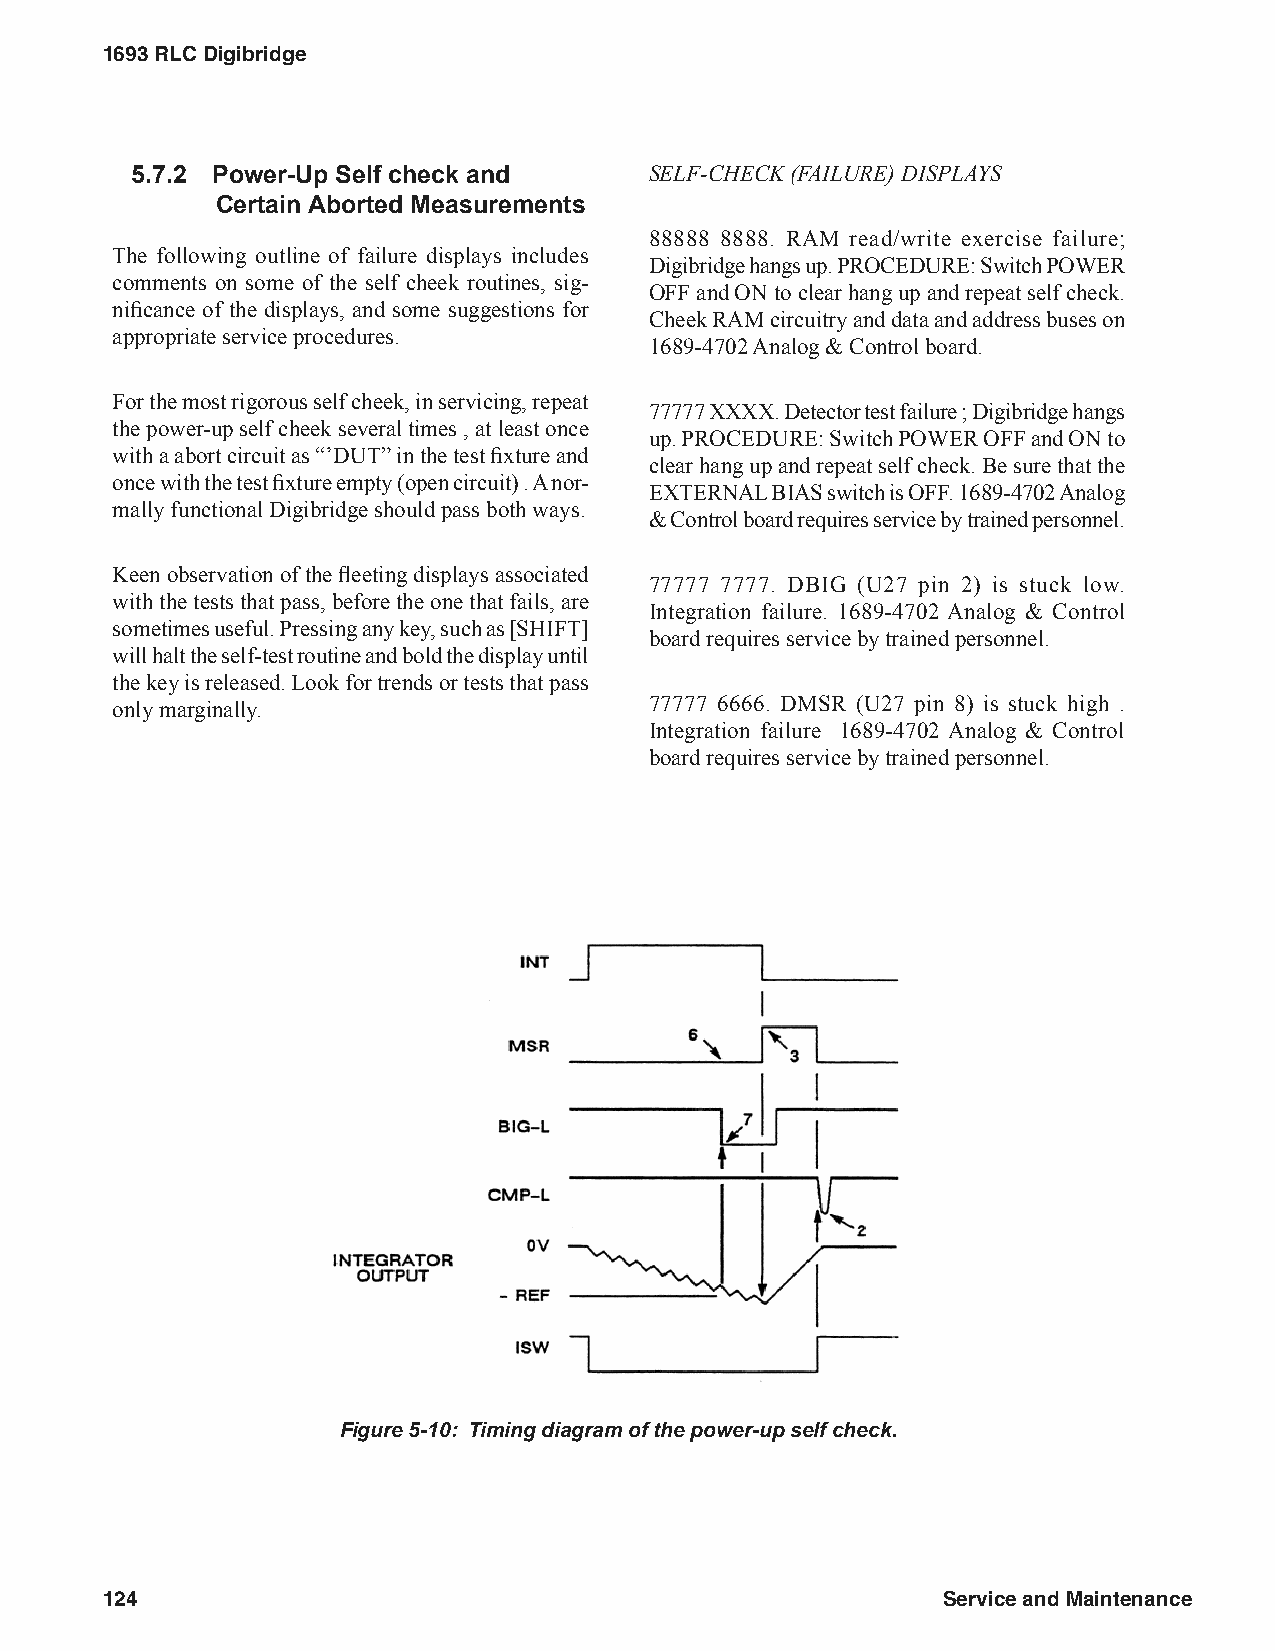
1693 RLC Digibridge
 5.7.2 Power-Up Self check and     SELF-CHECK (FAILURE) DISPLAYS
 Certain Aborted Measurements
 88888 8888. RAM read/write exercise failure;
 The following outline of failure displays includes
 Digibridge hangs up. PROCEDURE: Switch POWER
 comments on some of the self cheek routines, sig-
 OFF and ON to clear hang up and repeat self check.
 nificance of the displays, and some suggestions for
 Cheek RAM circuitry and data and address buses on
 appropriate service procedures.
 1689-4702 Analog & Control board.
 For the most rigorous self cheek, in servicing, repeat
 77777 XXXX. Detector test failure ; Digibridge hangs
 the power-up self cheek several times , at least once
 up. PROCEDURE: Switch POWER OFF and ON to
 with a abort circuit as “’DUT” in the test fixture and
 clear hang up and repeat self check. Be sure that the
 once with the test fixture empty (open circuit) . A nor-
 EXTERNAL BIAS switch is OFF. 1689-4702 Analog
 mally functional Digibridge should pass both ways.
 & Control board requires service by trained personnel.
 Keen observation of the fleeting displays associated
 77777 7777. DBIG (U27 pin 2) is stuck low.
 with the tests that pass, before the one that fails, are
 Integration failure. 1689-4702 Analog & Control
 sometimes useful. Pressing any key, such as [SHIFT]
 board requires service by trained personnel.
 will halt the self-test routine and bold the display until
 the key is released. Look for trends or tests that pass
 77777 6666. DMSR (U27 pin 8) is stuck high .
 only marginally.
 Integration failure 1689-4702 Analog & Control
 board requires service by trained personnel.
 Figure 5-10: Timing diagram of the power-up self check.
 124                                                    Service and Maintenance